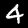
Digit: 4